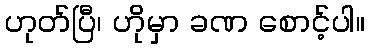
ဟုတ်ပြီ၊ ဟိုမှာ ခဏ စောင့်ပါ။